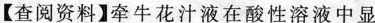
【查阅资料】牵牛花汁液在酸性溶液中显